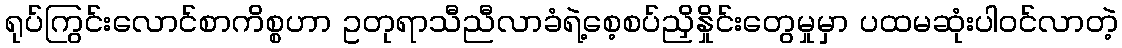
ရုပ်ကြွင်းလောင်စာကိစ္စဟာ ဥတုရာသီညီလာခံရဲ့စေ့စပ်ညှိနှိုင်းတွေမှုမှာ ပထမဆုံးပါဝင်လာတဲ့